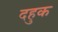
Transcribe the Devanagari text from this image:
दहुक